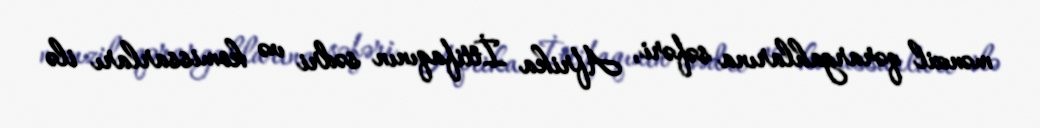
mənzil qərargahlarına səfəri, Afrika İttifaqının sədri və komissarları ilə